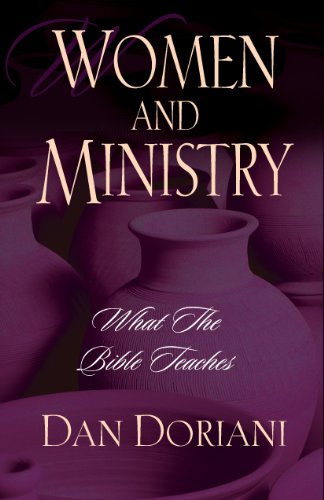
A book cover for Women and Ministry: What the Bible Teaches; Dan Doriani; Christian Books & Bibles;